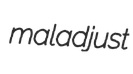
maladjust